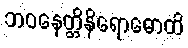
ဘဝနေတ္တိနိရောဓောတိ